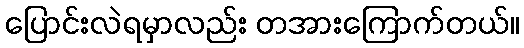
ပြောင်းလဲရမှာလည်း တအားကြောက်တယ်။